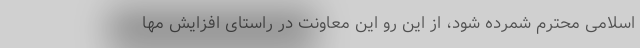
اسلامی محترم شمرده شود، از این رو این معاونت در راستای افزایش مها